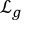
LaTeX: { \mathcal { L } } _ { g }